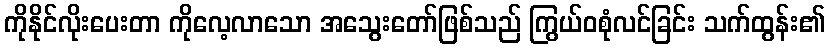
ကိုနိုင်လိုးပေးတာ ကိုလေ့လာသော အသွေးတော်ဖြစ်သည် ကြွယ်ဝစုံလင်ခြင်း သက်ထွန်း၏